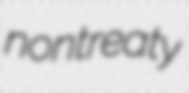
nontreaty